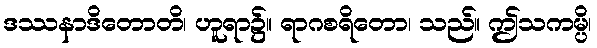
ဒဿနာဒိတောတိ၊ ဟူရာ၌။ ရာဂစရိတော၊ သည်။ ဤသကမ္ပိ၊